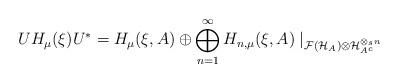
LaTeX: \begin{align*}U H_\mu(\xi)U^*=H_\mu(\xi,A)\oplus \bigoplus_{n=1}^\infty H_{n,\mu}(\xi,A)\mid_{\mathcal{F}(\mathcal{H}_A)\otimes \mathcal{H}_{A^c}^{\otimes_s n}}\end{align*}